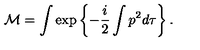
{ \cal M } = \int \exp \left\{ - \frac { i } { 2 } \int p ^ { 2 } d \tau \right\} .